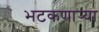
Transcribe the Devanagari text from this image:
भटकणार्‍या